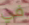
في